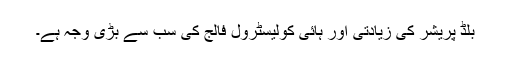
بلڈ پریشر کی زیادتی اور ہائی کولیسٹرول فالج کی سب سے بڑی وجہ ہے۔